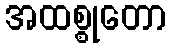
အထစ္စုတော